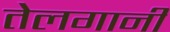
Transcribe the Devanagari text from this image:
तेलगानी